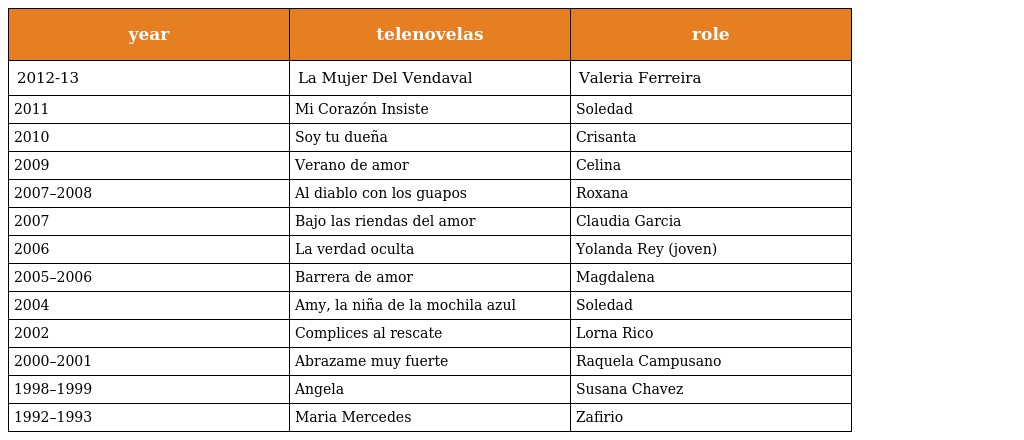
| year | telenovelas | role |
 | --- | --- | --- |
 | 2012-13 | La Mujer Del Vendaval | Valeria Ferreira |
 | 2011 | Mi Corazón Insiste | Soledad |
 | 2010 | Soy tu dueña | Crisanta |
 | 2009 | Verano de amor | Celina |
 | 2007–2008 | Al diablo con los guapos | Roxana |
 | 2007 | Bajo las riendas del amor | Claudia Garcia |
 | 2006 | La verdad oculta | Yolanda Rey (joven) |
 | 2005–2006 | Barrera de amor | Magdalena |
 | 2004 | Amy, la niña de la mochila azul | Soledad |
 | 2002 | Complices al rescate | Lorna Rico |
 | 2000–2001 | Abrazame muy fuerte | Raquela Campusano |
 | 1998–1999 | Angela | Susana Chavez |
 | 1992–1993 | Maria Mercedes | Zafirio |